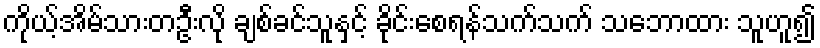
ကိုယ့်အိမ်သားတဦးလို ချစ်ခင်သူနှင့် ခိုင်းစေရန်သက်သက် သဘောထား သူဟူ၍